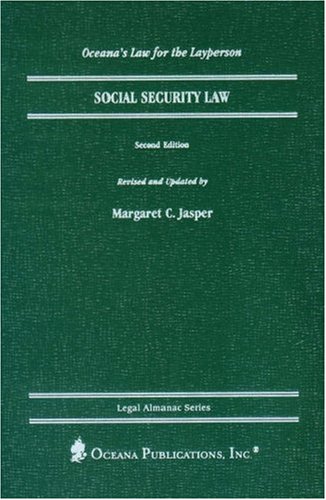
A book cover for Social Security Law (Legal Almanac Series); Margaret Jasper; Law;